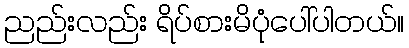
ညည်းလည်း ရိပ်စားမိပုံပေါ်ပါတယ်။